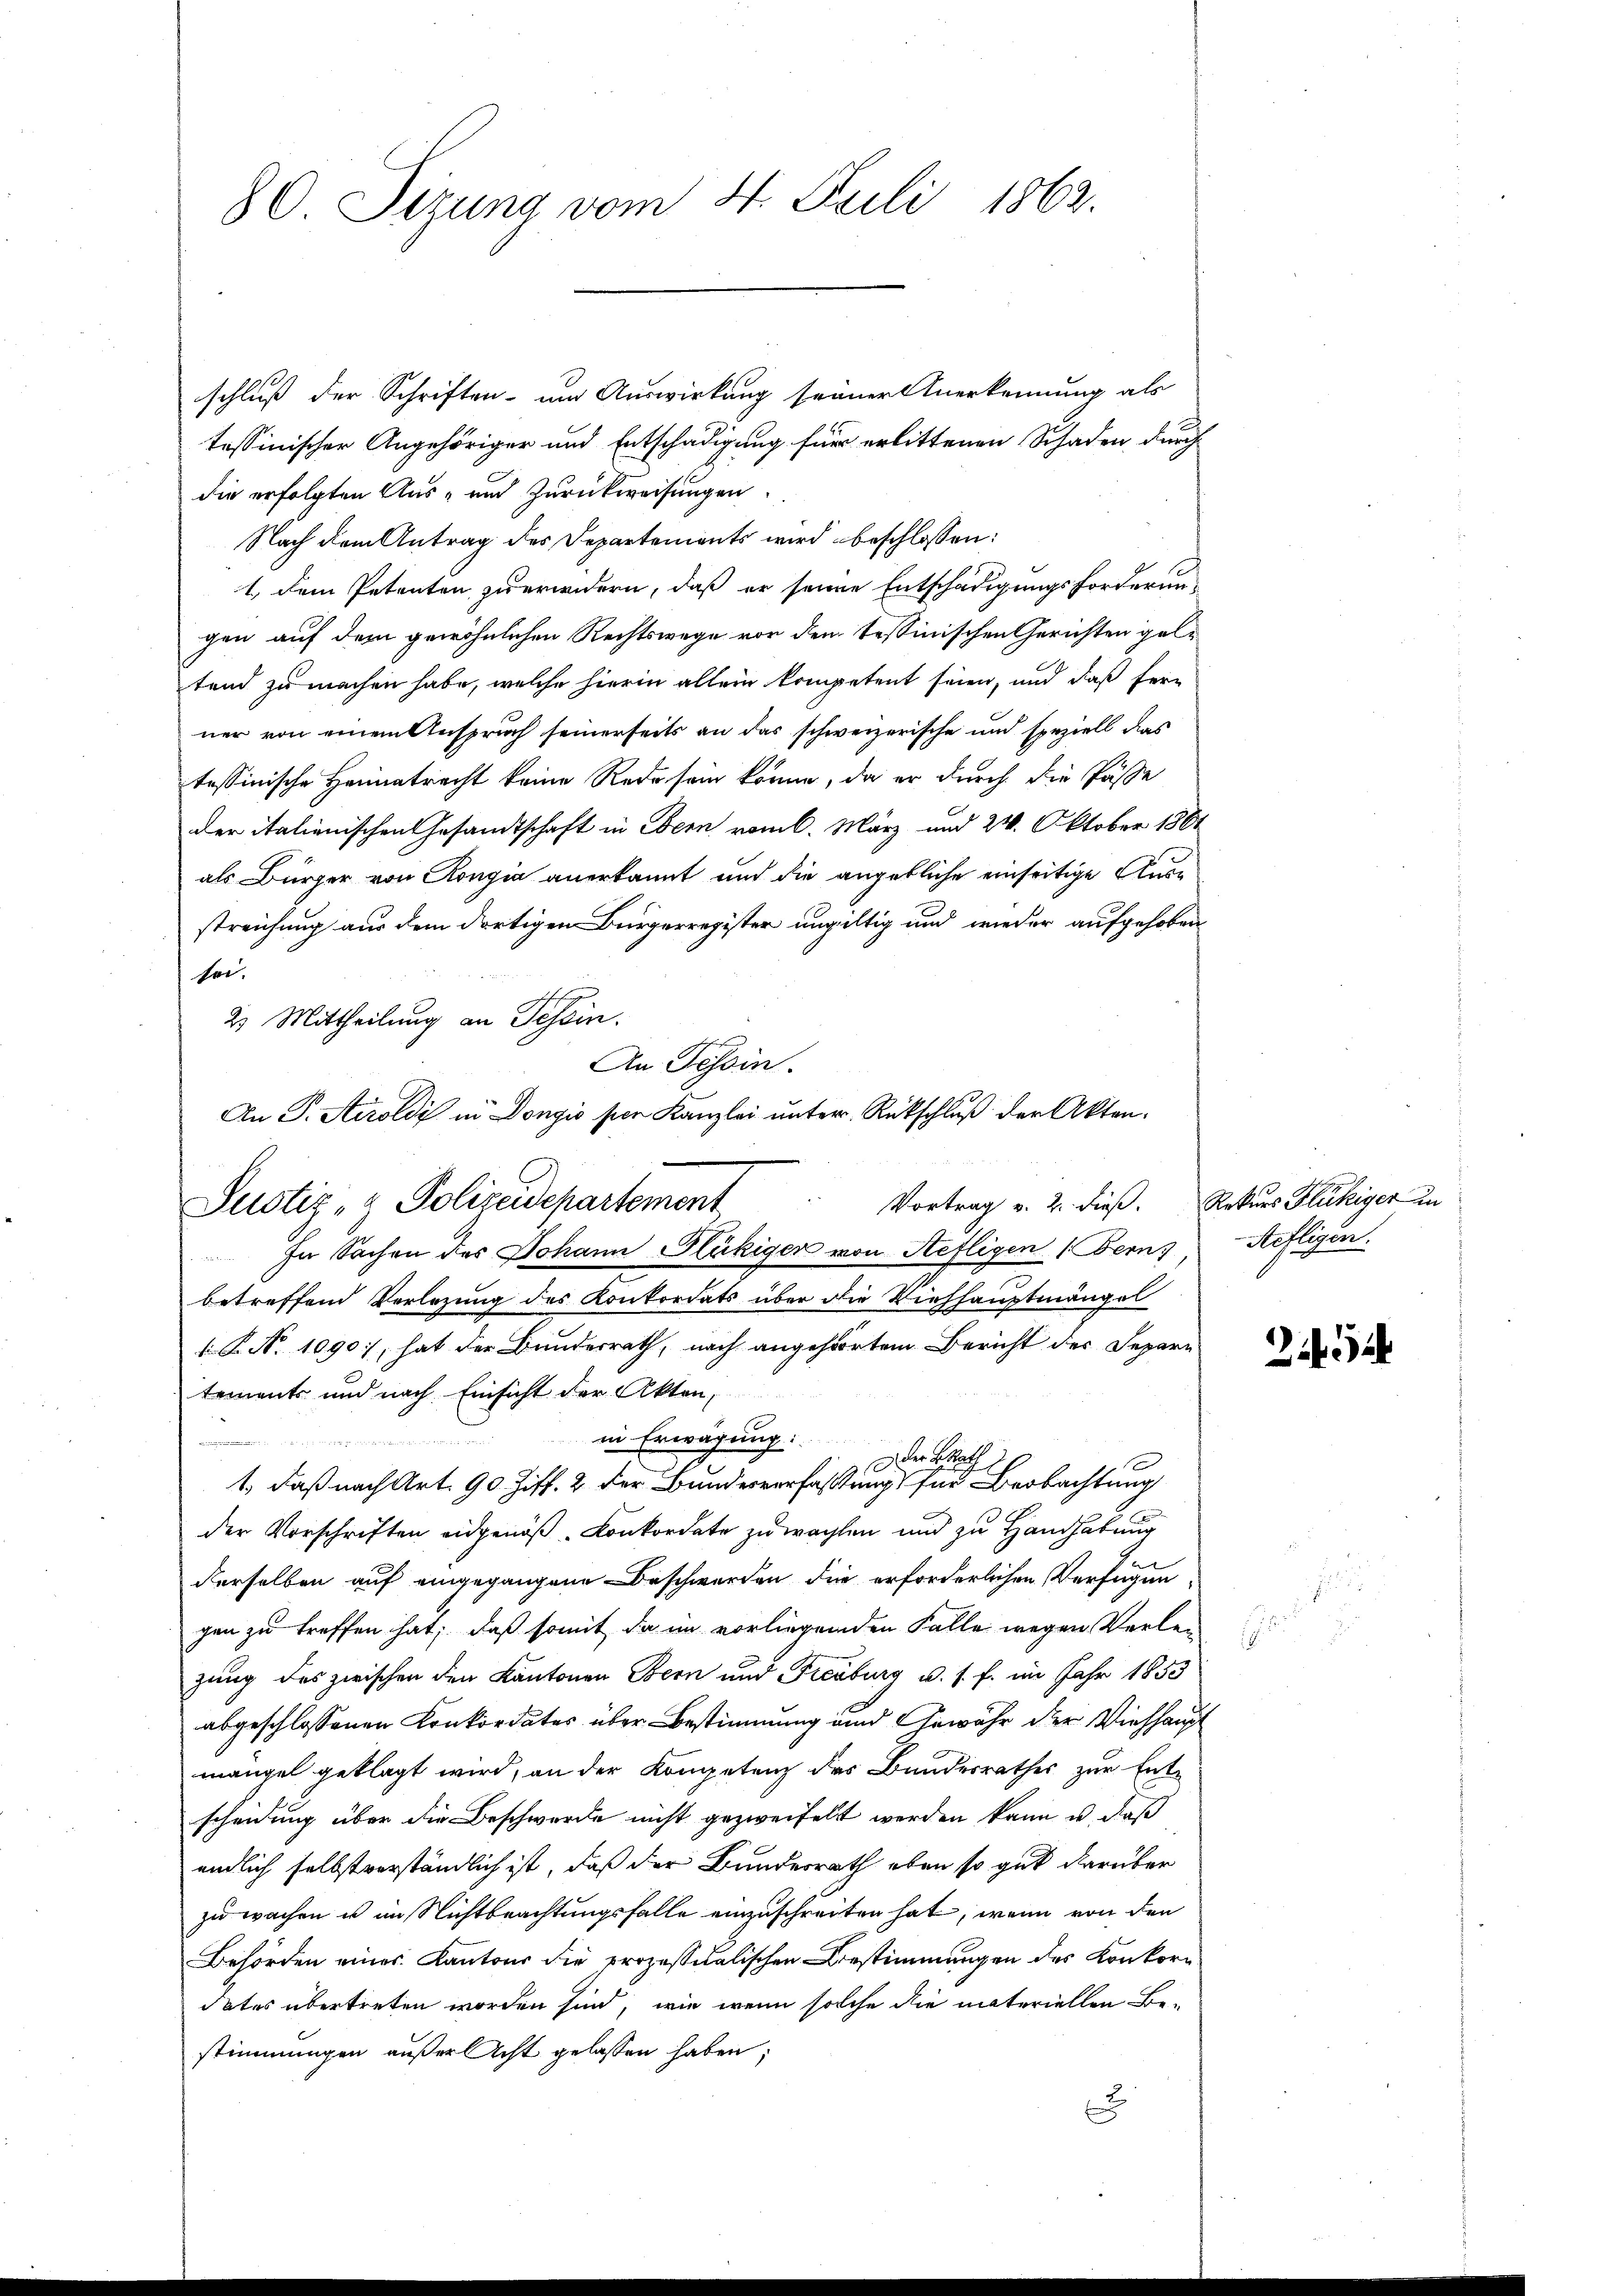
80. Sizung vom 4. Juli 1862.

schluß der Schriften um Auswirkung seiner Anerkennung als
tessinischer Angehöriger und Entschädigung für erlittenen Schaden durch
die erfolgten Aus- und Zurückweisungen.
Nach dem Antrag des Departements wird beschlossen:
1.) Dem Petenten zuerwidern, daß er seine Entschädigungsforderungen auf dem gewöhnlichen Rechtswege vor dem Tessinischen Gerichten geltend zu machen habe, welche hierin allein kompetent seien, und daß fern
ner von einem Anspruch seinerseits an das schweizerische und speziell das
tessinische Heimatrecht keine Rede sein könne, da er durch die Pässe
der italienischen Gesandtschaft in Obern vom 6. März und 24. Oktober 1861
als Bürger von Rongia anerkannt und die angebliche einseitige Ausstreichung aus dem dortigen Bürgerregister ungültig und wieder aufgehoben
sei.
2. Mittheilung an Tessin.
In Sachen des Johann Glückiger von Hefligen (Bern
betreffend Verlegung des Konkordats über die Viehhauptmängel
.P. Nr. 1090., hat der Bundesrath, nach angehörtem Bericht der Separtements und nach Einsicht der Akten,
in Erwägung:
3 der Rath
1., daß nach Art. 90. Ziff. 2 der Bundesverfassung für Beobachtung
der Vorschriften eidgenöß. Konkordate zuwachten und zu Handhabung
derselben auf eingegangene Beschwerden die erforderlichen Verfügungen zu treffen hat; daß somit da im vorliegenden Falle wegen Verle-
zung des zwischen den Kantonen Bern und Freiburg u. s. f. im Jahr 1853
abgeschlossenen Konkordates über Bestimmung und Gewähr der Viehhaupt
mangel geklagt wird, an der Kompetenz des Bundesrathes zur Ent-
scheidung über die Beschwerde nicht gezweifelt werden kann u. daß
endlich selbstverständlich ist, daß der Bundesrath eben so gut darüber
zu wachen u im Nichtbeachtungsfalle einzuschreiten hat, wenn von den
Behörden eines Kantons die prozessitalischen Bestimmungen des Konkordates übertreten worden sind, wie wenn solche die materiellen Be-
stimmungen außeracht gelassen haben;
x

An Tessin.
An P. Airoldi in Dongio per Kanzlei unter Rückschluß der Akten¬
Justiz- & Polizeidepartement

Vortrag v. 2. dieß. Rekurs Flukiger in

Aoflegen.

18

25